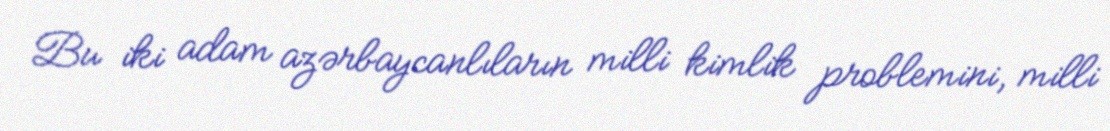
Bu iki adam azərbaycanlıların milli kimlik problemini, milli